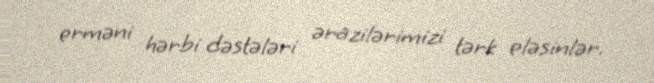
erməni hərbi dəstələri ərazilərimizi tərk eləsinlər.